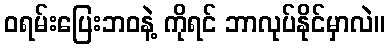
ဝရမ်းပြေးဘဝနဲ့ ကိုရင် ဘာလုပ်နိုင်မှာလဲ။